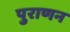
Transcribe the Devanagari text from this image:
पुराणन